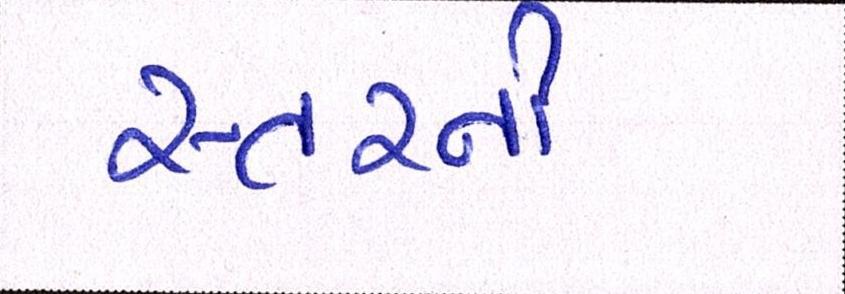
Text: સ્તરની